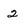
Character: 2